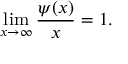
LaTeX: \operatorname* { l i m } _ { x \to \infty } { \frac { \psi ( x ) } { x } } = 1 .